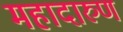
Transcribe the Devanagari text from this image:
महादारुण